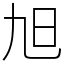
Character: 旭